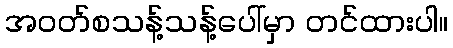
အဝတ်စသန့်သန့်ပေါ်မှာ တင်ထားပါ။